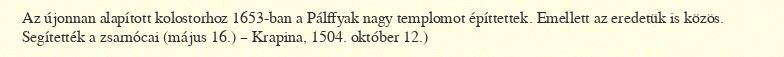
Az újonnan alapított kolostorhoz 1653-ban a Pálffyak nagy templomot építtettek. Emellett az eredetük is közös. Segítették a zsarnócai (május 16.) – Krapina, 1504. október 12.)